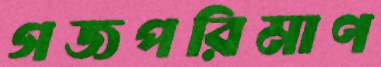
গজপরিমাণ